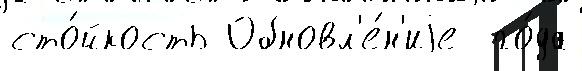
сто́йкость Обновл'е́н'иjе  го́да